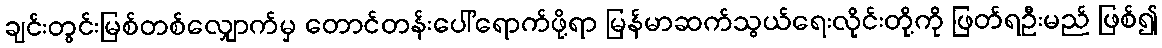
ချင်းတွင်းမြစ်တစ်လျှောက်မှ တောင်တန်းပေါ်ရောက်ဖို့ရာ မြန်မာဆက်သွယ်ရေးလိုင်းတို့ကို ဖြတ်ရဦးမည် ဖြစ်၍